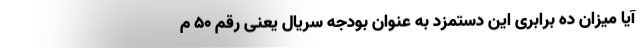
آیا میزان ده برابری این دستمزد به عنوان بودجه سریال یعنی رقم ۵۰ م